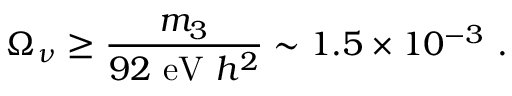
\Omega _ { \nu } \geq \frac { m _ { 3 } } { 9 2 ~ \mathrm { e V } ~ h ^ { 2 } } \sim 1 . 5 \times 1 0 ^ { - 3 } ~ .